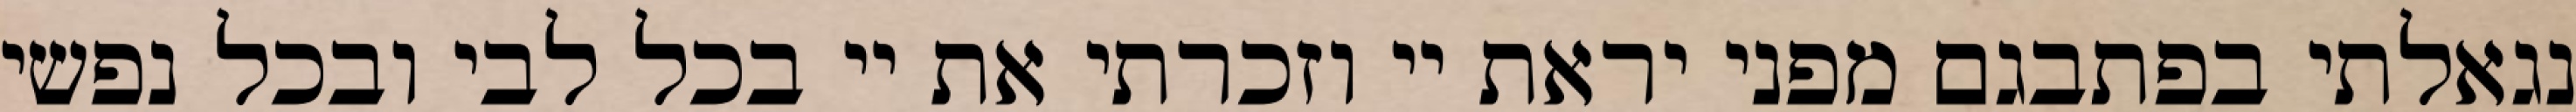
נגאלתי בפתבגם מפני יראת יי וזכרתי את יי בכל לבי ובכל נפשי